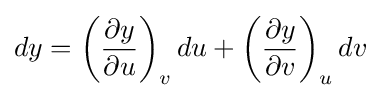
dy=\left({\frac {\partial y}{\partial u}}\right)_{v}du+\left({\frac {\partial y}{\partial v}}\right)_{u}dv